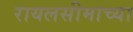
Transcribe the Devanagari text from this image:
रायलसीमाच्या